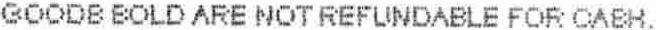
GOODS SOLD ARE NOT REFUNDABLE FOR CASH.